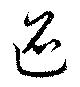
迢